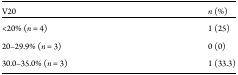
<table><thead><tr><td><b>V20</b></td><td><b><i>n</i> (%)</b></td></tr></thead><tbody><tr><td>&lt;20% (<i>n</i> = 4)</td><td>1 (25)</td></tr><tr><td>20–29.9% (<i>n</i> = 3)</td><td>0 (0)</td></tr><tr><td>30.0–35.0% (<i>n</i> = 3)</td><td>1 (33.3)</td></tr></tbody></table>